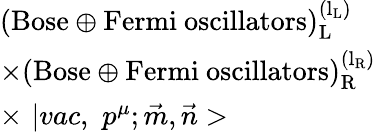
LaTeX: \begin{array}{l}{{(\mathrm{{Bose}\oplus{Fermi\ oscillators})_{L}^{\left(l_{L}\right)}}}}\\ {{\times(\mathrm{{Bose}\oplus{Fermi\ oscillators})_{R}^{\left(l_{R}\right)}}}}\\ {{\times\, \, |vac,\, \, p^{\mu};\vec{m},\vec{n}>}}\end{array}